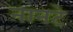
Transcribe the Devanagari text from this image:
नानटे